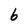
Character: b